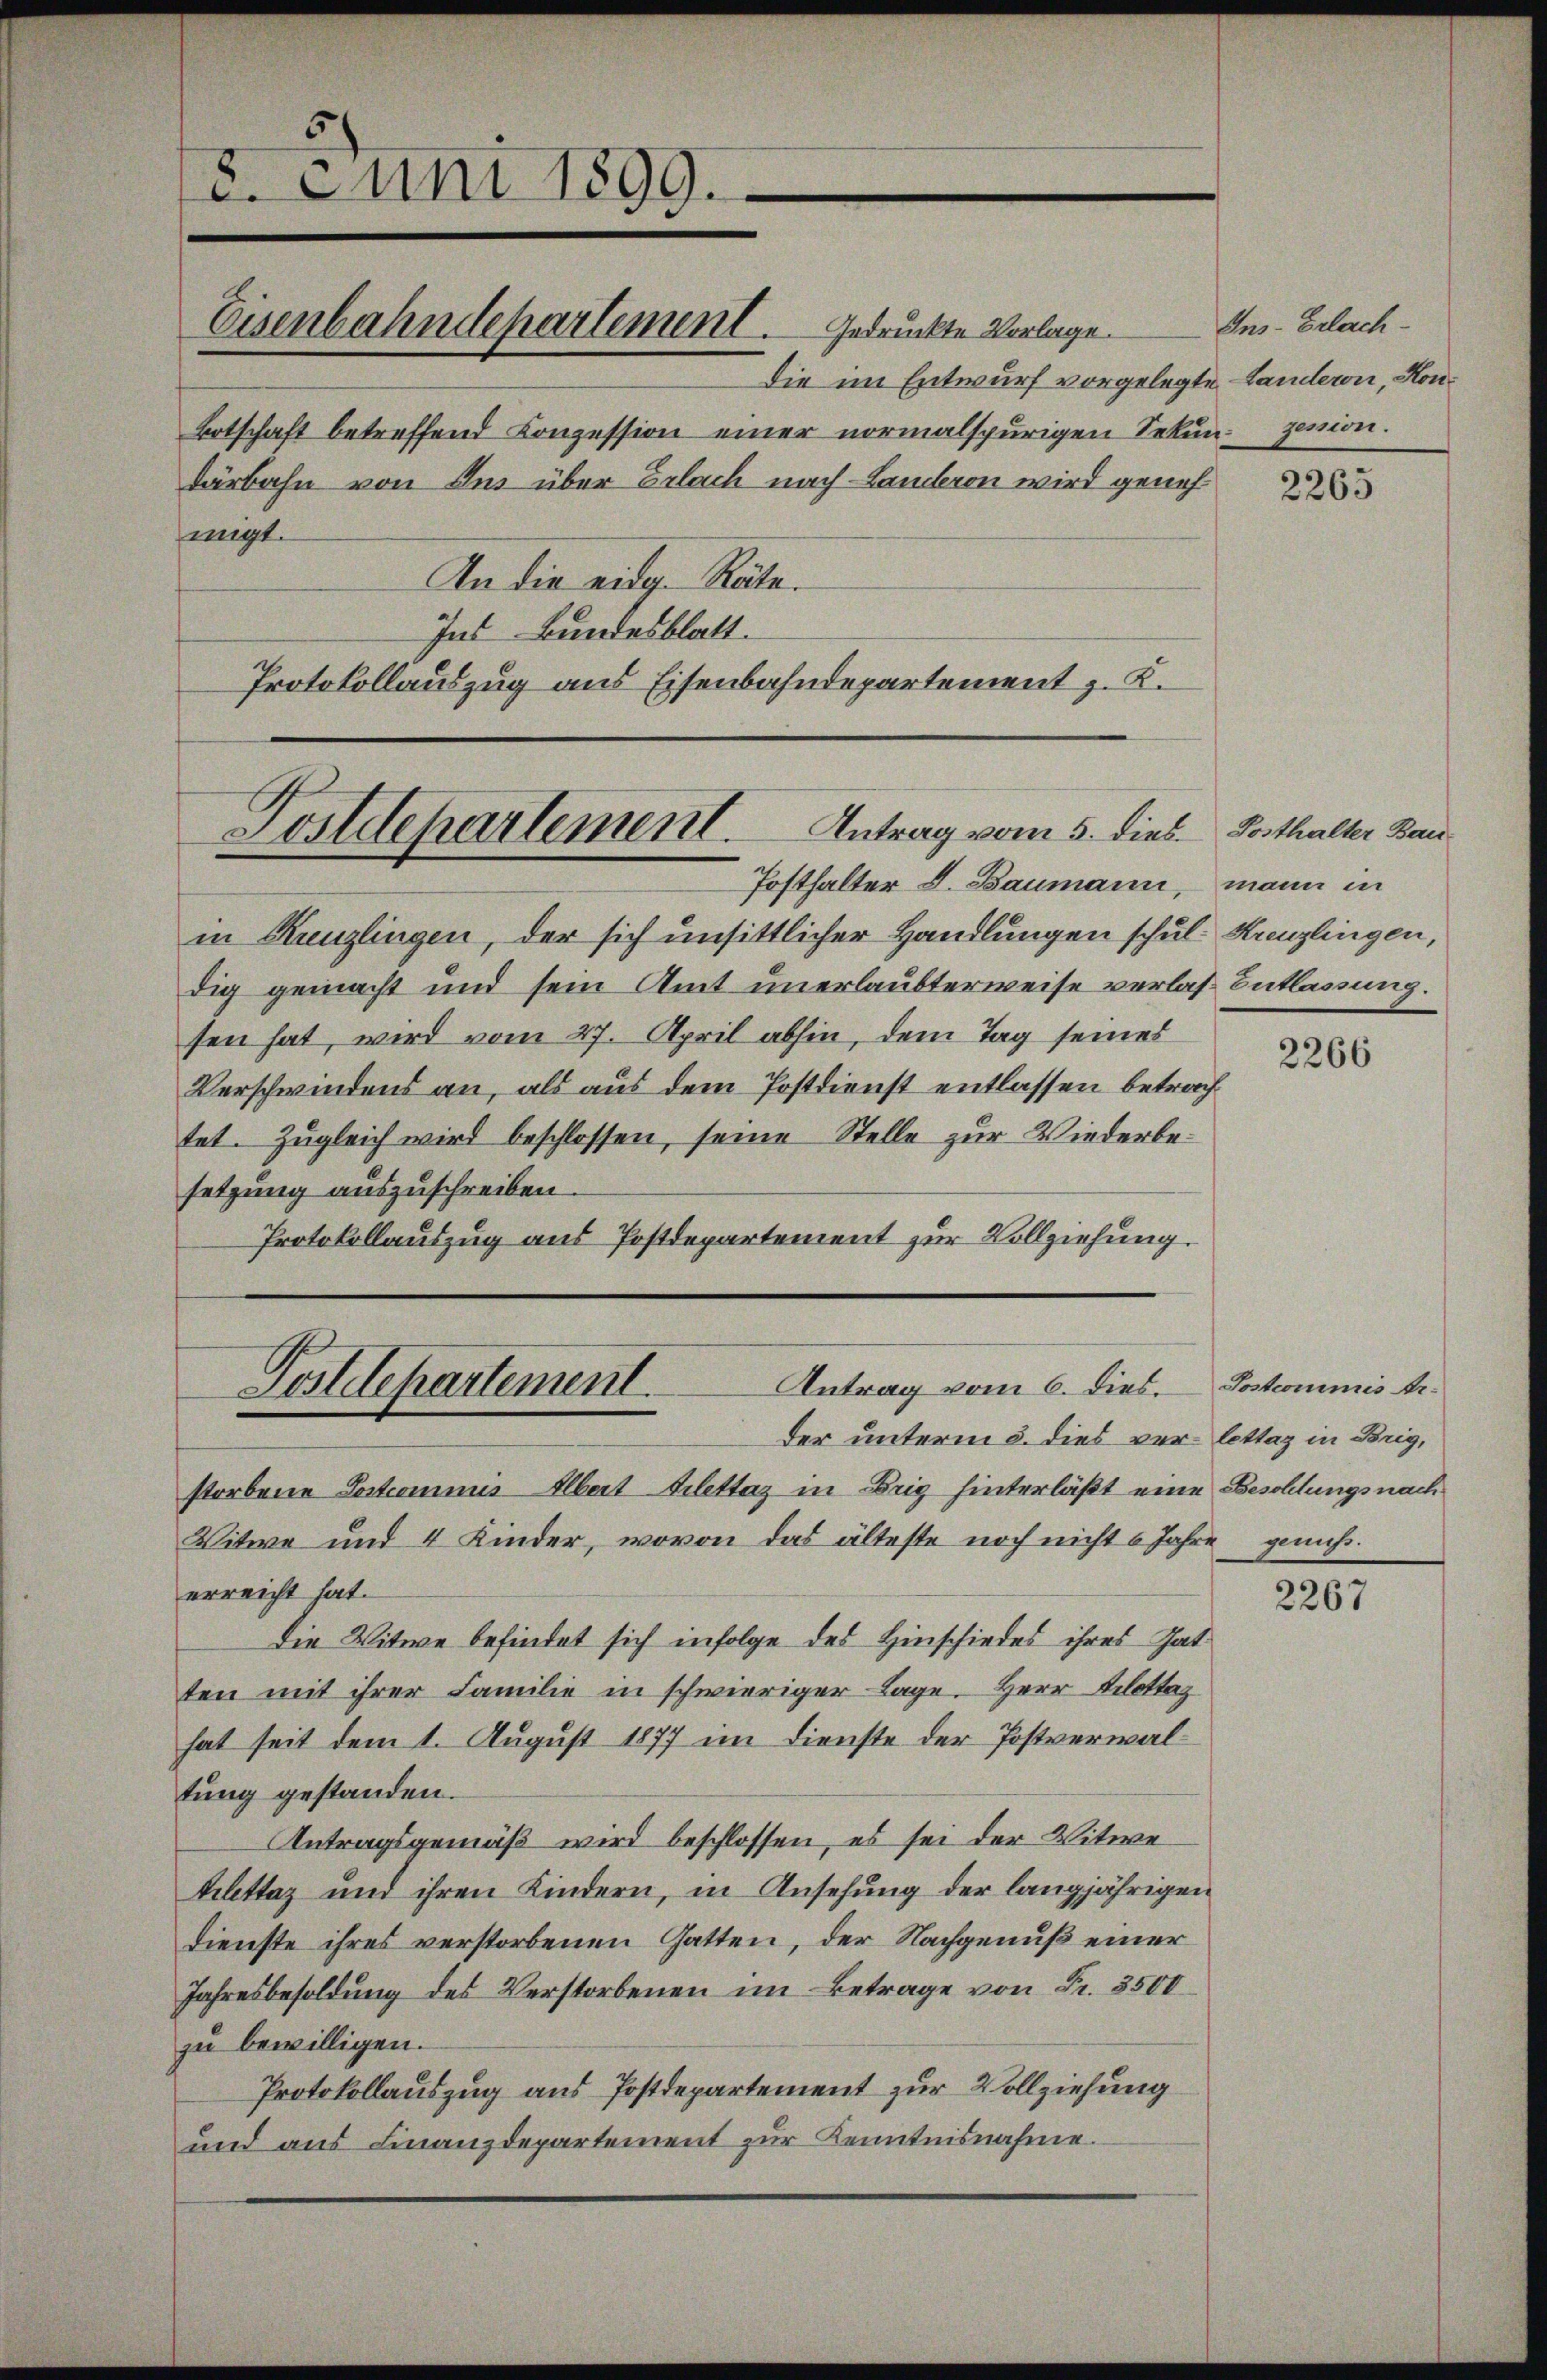
. Juni 1899.
Därbahn von Ins über Erlach nach Landeron wird genehmigt.
An die eidg. Räte.

in Kanzlingen, der sich unsittlicher Handlungen schul- Kreuzlingen,
dig gemacht und sein Amt unerlaubterweise verlas Entlassung.
sen hat, wird vom 27. April abhin, dem Tag seines
Verschwindens an, als aus dem Postdienst entlassen betrachtet. Zugleich wird beschlossen, seine Stelle zur Wiederbesetzung auszuschreiben.
Protokollauszug aus Postdepartement zur Vollziehung.
Der unterm 5. dies ver-lettag in Brig,
storbene Postcommisilbert Bettaz in Brig hinterläßt eine Beschlungsnach
Witwe und 4 Kinder, wovon das älteste noch nicht 6 Jahre genußerreicht hat.
Die Witwe befindet sich infolge des Hinschiedes ihres Tat
ten mit ihrer Familie in schwieriger Lage. Herr Klottaz
hat seit dem 1. August 1877 im Dienste der Postverwaltung gestanden.
Antragsgemäß wird beschlossen, es sei der Witwe
kelettaz und ihren Kindern, in Ansehung der langjährigen
Dienste ihres verstorbenen Gatten, der Nachgenuß einer
Jahresbesoldung des Verstorbenen im Betrage von Fr. 3500
zu bewilligen.
Protokollauszug aus Postdepartement zur Vollziehung
und aus Finanzdepartement zur Kenntnisnahme.

Die im Entwurf vorgelegte - Landeron, Kon¬
Botschaft betreffend Konzession einer normalspurigen Sekungenion.
Ins Bundesblatt.
Protokollauszug aus Eisenbahndepartement z. K.

Eisenbahndepartement. Gedruckte Vorlage

Antrag vom 5. dies Posthalter Bau
Postdepartement.

Posthalter L. Baumann, mann in

Antrag vom 6. dies. Postcommis Dr.
Postdepartement.

Ins-Erlach.

2265

2266

2267